Civil Veterinary Department Bengal reports 1933-51 - 1933-1951
Year: 1933
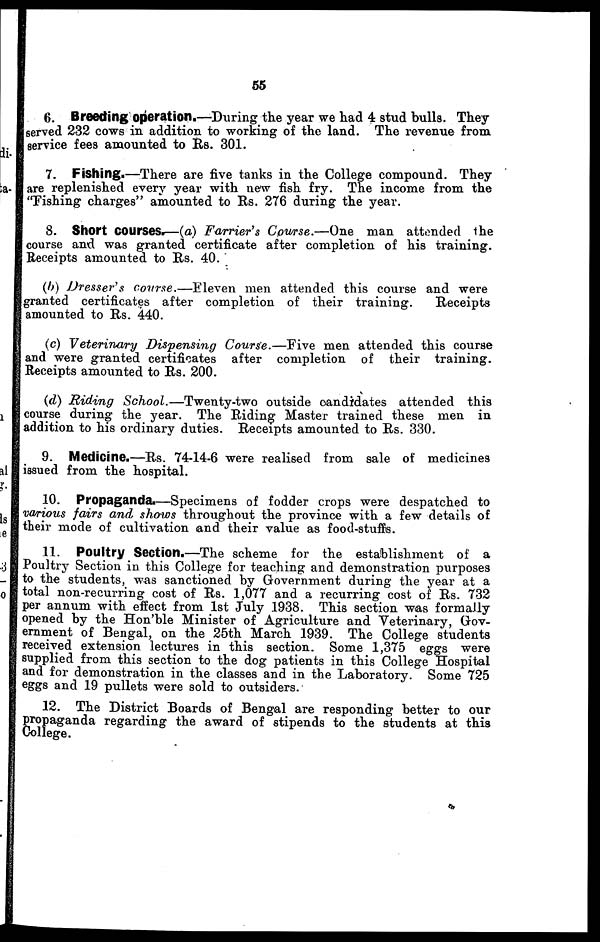
55
6. Breeding operation.—During the year we had 4 stud bulls. They
served 232 cows in addition to working of the land. The revenue from
service fees amounted to Rs. 301.
7. Fishing.—There are five tanks in the College compound. They
are replenished every year with new fish fry. The income from the
"Fishing charges" amounted to Rs. 276 during the year.
8. Short courses.—(a) Farrier's Course.—One
man attended the
course and was granted certificate after completion of his training.
Receipts amounted to Rs. 40.
(b) Dresser's course.—Eleven
men attended this course and were
granted certificates after completion of their training.
Receipts
amounted to Rs. 440.
(c) Veterinary Dispensing Course-—Five men attended this course
and were granted certificates after completion of their training.
Receipts amounted to Rs. 200.
(d) Riding School.—Twenty-two
outside candidates attended this
course during the year. The Riding Master trained these men in
addition to his ordinary duties. Receipts amounted to Rs. 330.
9. Medicine.—Rs. 74-14-6 were realised from sale of medicines
issued from the hospital.
10. Propaganda.—Specimens of fodder crops were despatched to
various fairs and shows throughout the province with a few details of
their mode of cultivation and their value as food-stuffs.
11. Poultry Section.—The scheme for the establishment of a
Poultry Section in this College for teaching and demonstration purposes
to the students, was sanctioned by Government during the year at a
total non-recurring cost of Rs. 1,077 and a recurring cost of Rs. 732
per annum with effect from 1st July 1938. This section was formally
opened by the Hon'ble Minister of Agriculture and Veterinary, Gov-
ernment of Bengal, on the 25th March 1939. The College students
received extension lectures in this section. Some 1,375 eggs were
supplied from this section to the dog patients in this College Hospital
and for demonstration in the classes and in the Laboratory. Some 725
eggs and 19 pullets were sold to outsiders.
12. The District Boards of Bengal are responding better to our
propaganda regarding the award of stipends to the students at this
College.